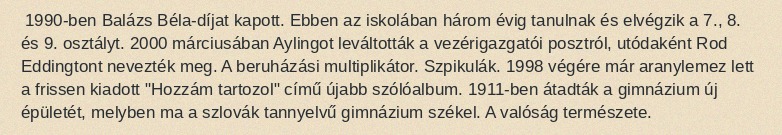
1990-ben Balázs Béla-díjat kapott. Ebben az iskolában három évig tanulnak és elvégzik a 7., 8. és 9. osztályt. 2000 márciusában Aylingot leváltották a vezérigazgatói posztról, utódaként Rod Eddingtont nevezték meg. A beruházási multiplikátor. Szpikulák. 1998 végére már aranylemez lett a frissen kiadott "Hozzám tartozol" című újabb szólóalbum. 1911-ben átadták a gimnázium új épületét, melyben ma a szlovák tannyelvű gimnázium székel. A valóság természete.